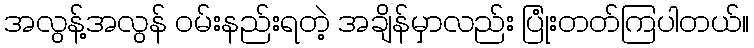
အလွန့်အလွန် ဝမ်းနည်းရတဲ့ အချိန်မှာလည်း ပြုံးတတ်ကြပါတယ်။